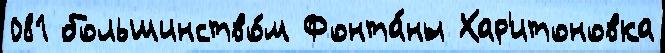
081 большинство́м Фонта́ны Хар'итоновка